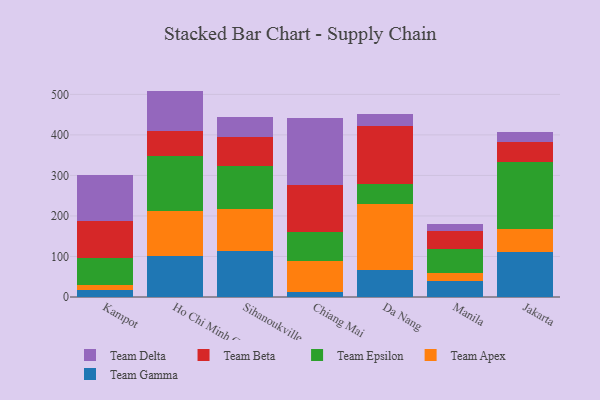
{"axis": {"x": "City", "y": "Page Views"}, "legend": ["Team Apex", "Team Beta", "Team Delta", "Team Epsilon", "Team Gamma"], "data": [{"x": "Kampot", "y": 16.7, "type": "Team Gamma"}, {"x": "Kampot", "y": 13.6, "type": "Team Apex"}, {"x": "Kampot", "y": 65.2, "type": "Team Epsilon"}, {"x": "Kampot", "y": 91.0, "type": "Team Beta"}, {"x": "Kampot", "y": 114.2, "type": "Team Delta"}, {"x": "Ho Chi Minh City", "y": 101.8, "type": "Team Gamma"}, {"x": "Ho Chi Minh City", "y": 109.7, "type": "Team Apex"}, {"x": "Ho Chi Minh City", "y": 137.2, "type": "Team Epsilon"}, {"x": "Ho Chi Minh City", "y": 61.8, "type": "Team Beta"}, {"x": "Ho Chi Minh City", "y": 98.2, "type": "Team Delta"}, {"x": "Sihanoukville", "y": 114.4, "type": "Team Gamma"}, {"x": "Sihanoukville", "y": 103.0, "type": "Team Apex"}, {"x": "Sihanoukville", "y": 105.9, "type": "Team Epsilon"}, {"x": "Sihanoukville", "y": 70.6, "type": "Team Beta"}, {"x": "Sihanoukville", "y": 51.3, "type": "Team Delta"}, {"x": "Chiang Mai", "y": 12.7, "type": "Team Gamma"}, {"x": "Chiang Mai", "y": 76.2, "type": "Team Apex"}, {"x": "Chiang Mai", "y": 70.8, "type": "Team Epsilon"}, {"x": "Chiang Mai", "y": 117.7, "type": "Team Beta"}, {"x": "Chiang Mai", "y": 164.1, "type": "Team Delta"}, {"x": "Da Nang", "y": 66.7, "type": "Team Gamma"}, {"x": "Da Nang", "y": 161.9, "type": "Team Apex"}, {"x": "Da Nang", "y": 51.4, "type": "Team Epsilon"}, {"x": "Da Nang", "y": 141.9, "type": "Team Beta"}, {"x": "Da Nang", "y": 29.5, "type": "Team Delta"}, {"x": "Manila", "y": 39.5, "type": "Team Gamma"}, {"x": "Manila", "y": 19.2, "type": "Team Apex"}, {"x": "Manila", "y": 58.6, "type": "Team Epsilon"}, {"x": "Manila", "y": 45.9, "type": "Team Beta"}, {"x": "Manila", "y": 16.0, "type": "Team Delta"}, {"x": "Jakarta", "y": 112.2, "type": "Team Gamma"}, {"x": "Jakarta", "y": 54.8, "type": "Team Apex"}, {"x": "Jakarta", "y": 166.7, "type": "Team Epsilon"}, {"x": "Jakarta", "y": 48.9, "type": "Team Beta"}, {"x": "Jakarta", "y": 25.0, "type": "Team Delta"}]}